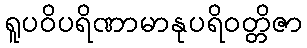
ရူပဝိပရိဏာမာနုပရိဝတ္တိဇာ